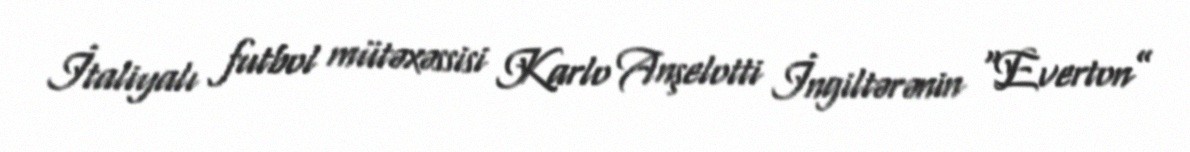
İtaliyalı futbol mütəxəssisi Karlo Anşelotti İngiltərənin “Everton”